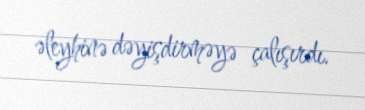
əleyhinə dəyişdirməyə çalışırdı.